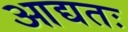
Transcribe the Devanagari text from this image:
आद्यतः